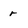
Character: r